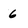
Character: 6